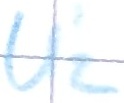
Text: U'2